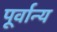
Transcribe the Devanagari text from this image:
पूर्वान्य